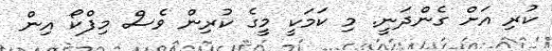
ކުރި އަށް ގެންދަނީ. މި ކަމަކީ މީގެ ކުރިން ވެސް މިފްކޯ އިން